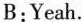
B:Yeah.